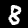
Digit: 8